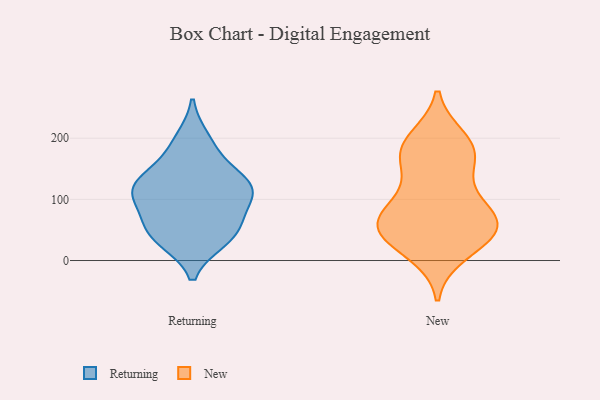
{"axis": {"x": "Production Output", "y": "Value"}, "legend": ["New", "Returning"], "data": [{"x": "", "y": 120, "type": "Returning"}, {"x": "", "y": 129, "type": "Returning"}, {"x": "", "y": 112, "type": "Returning"}, {"x": "", "y": 102, "type": "Returning"}, {"x": "", "y": 125, "type": "Returning"}, {"x": "", "y": 35, "type": "Returning"}, {"x": "", "y": 47, "type": "Returning"}, {"x": "", "y": 124, "type": "Returning"}, {"x": "", "y": 177, "type": "Returning"}, {"x": "", "y": 198, "type": "Returning"}, {"x": "", "y": 57, "type": "Returning"}, {"x": "", "y": 75, "type": "Returning"}, {"x": "", "y": 34, "type": "Returning"}, {"x": "", "y": 109, "type": "New"}, {"x": "", "y": 174, "type": "New"}, {"x": "", "y": 55, "type": "New"}, {"x": "", "y": 190, "type": "New"}, {"x": "", "y": 62, "type": "New"}, {"x": "", "y": 174, "type": "New"}, {"x": "", "y": 198, "type": "New"}, {"x": "", "y": 64, "type": "New"}, {"x": "", "y": 55, "type": "New"}, {"x": "", "y": 97, "type": "New"}, {"x": "", "y": 52, "type": "New"}, {"x": "", "y": 58, "type": "New"}, {"x": "", "y": 162, "type": "New"}, {"x": "", "y": 13, "type": "New"}, {"x": "", "y": 27, "type": "New"}]}